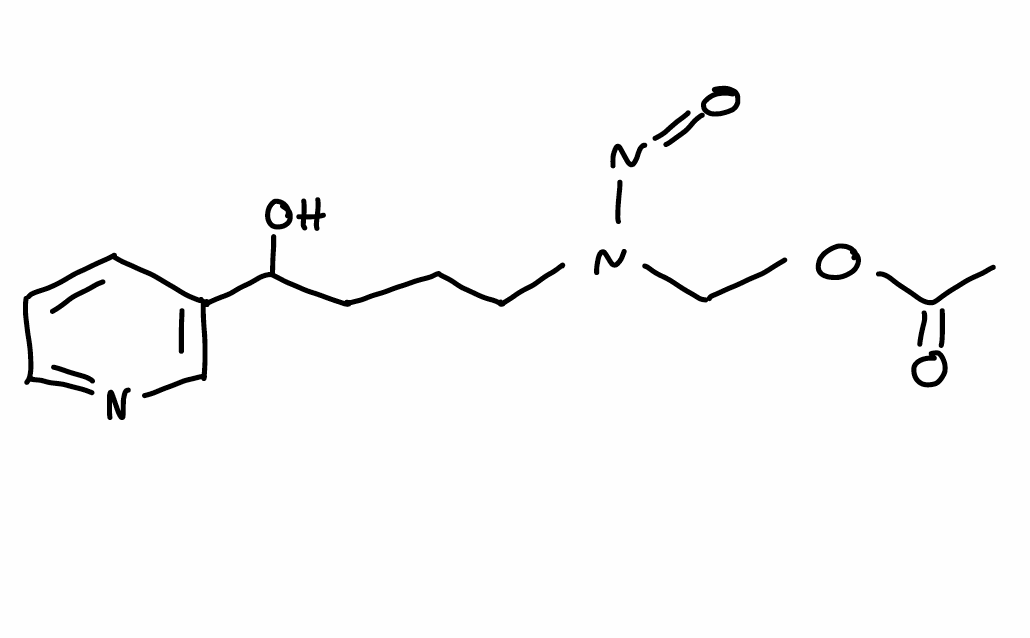
Simplified molecular-input line-entry system (SMILES) notation of the given molecule:
CC(=O)OCN(CCCC(C1=CN=CC=C1)O)N=O